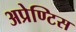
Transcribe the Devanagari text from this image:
अप्रेण्टिस